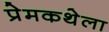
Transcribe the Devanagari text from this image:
प्रेमकथेला